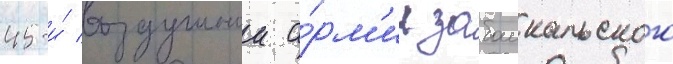
45-и́ воздушнои а́рм'ии забаикальского